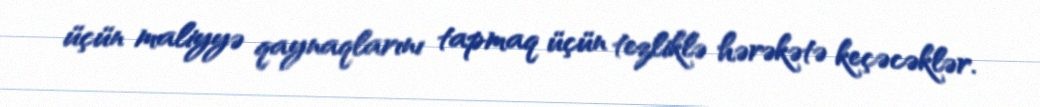
üçün maliyyə qaynaqlarını tapmaq üçün tezliklə hərəkətə keçəcəklər.